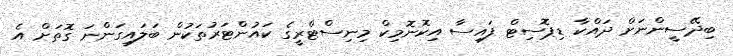
ބިދޭސީންނަށް ދައްކާ ޑިޕޮސިޓް ފައިސާ އިކޮނޮމިކް މިނިސްޓްރީގެ ކައުންޓަރުތަކުން ބަލައިގަންނަ ގޮތަށް އެ